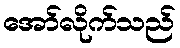
အော်လိုက်သည်